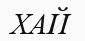
ХАЙ